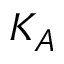
K _ { A }